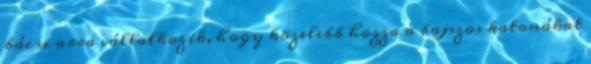
bácsi arra vállalkozik, hogy közelebb hozza a bajszos katonákat